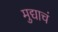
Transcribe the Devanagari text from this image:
मुद्याचं